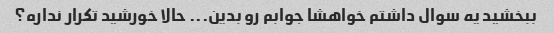
ببخشید یه سوال داشتم خواهشا جوابم رو بدین... حالا خورشید تکرار نداره؟